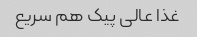
غذا عالی پیک هم سریع